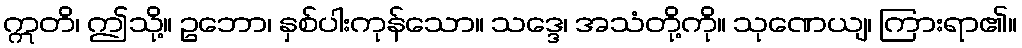
ဣတိ၊ ဤသို့။ ဥဘော၊ နှစ်ပါးကုန်သော။ သဒ္ဒေ၊ အသံတို့ကို။ သုဏေယျ၊ ကြားရာ၏။